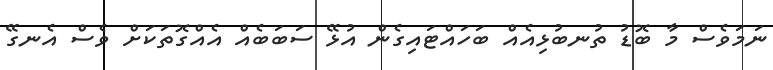
ނަމަވެސް މާ ބޮޑުު ތުނބުޅިއެއް ބަހައްޓައިގެން އުޅޭ ސަބަބެއް އެއްގޮތަކަށް ވެސް އެނގޭ